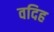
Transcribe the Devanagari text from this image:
वदिह